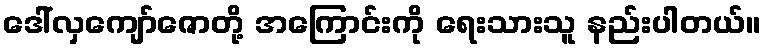
ဒေါ်လှကျော်ဇောတို့ အကြောင်းကို ရေးသားသူ နည်းပါတယ်။